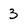
Character: 3